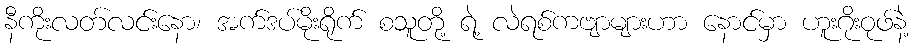
နီကိုးလတ်လင်းနော၊ အက်ဒပ်မိုးရိုက် စသူတို့ ရဲ့ လဲရစ်ကဗျာများဟာ နောင်မှာ ဟူးဂိုးဝုဖ်နဲ့